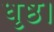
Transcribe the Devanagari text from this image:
धृष्ठ।